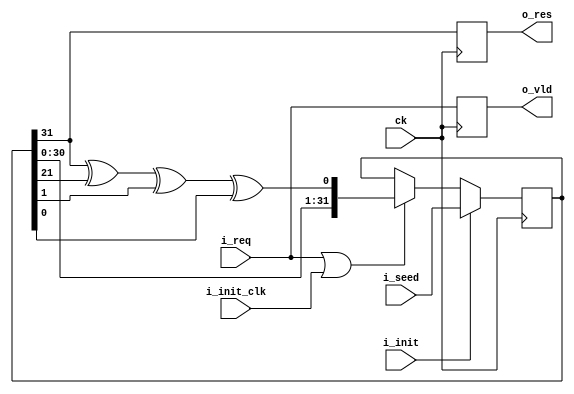
module prbs_lfsr_tx (
input		ck,
input		i_init,
input		i_init_clk,
input [31:0]	i_seed,
input		i_req,
output	      	o_vld,
output 		o_res
);
   reg 	[31:0]	r_lfsr;
   wire         c_xor_in = r_lfsr[31] ^ r_lfsr[21] ^ r_lfsr[1] ^ r_lfsr[0];
   always @(posedge ck) begin
      if (i_init) begin
	 r_lfsr <= i_seed;
      end
      else if (i_req | i_init_clk) begin
	 r_lfsr <= {r_lfsr[30:0], c_xor_in};
      end
      else begin
	 r_lfsr <= r_lfsr;
      end
   end
   reg 		r_t2_vld;
   reg  	r_t2_res;
   always @(posedge ck) begin
      r_t2_vld <= i_req;
      r_t2_res <= r_lfsr[31];
   end
   assign o_vld = r_t2_vld;
   assign o_res = r_t2_res;
endmodule